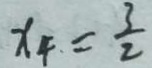
x _ { 4 } = \frac { 3 } { 2 }